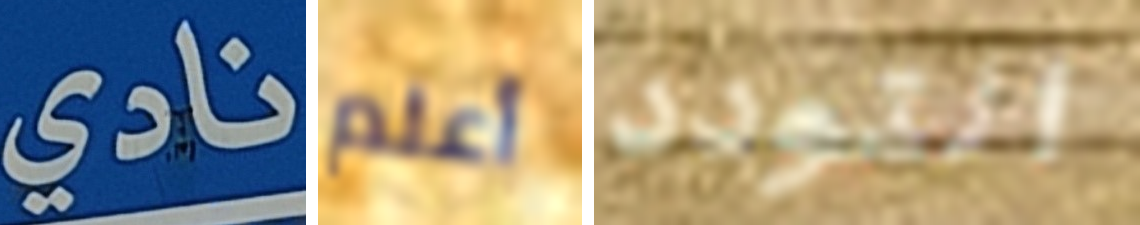
نادي أعلم التودد